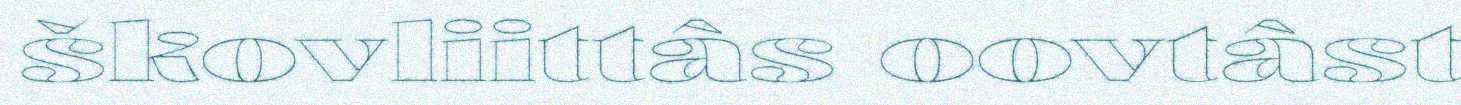
škovliittâs oovtâst